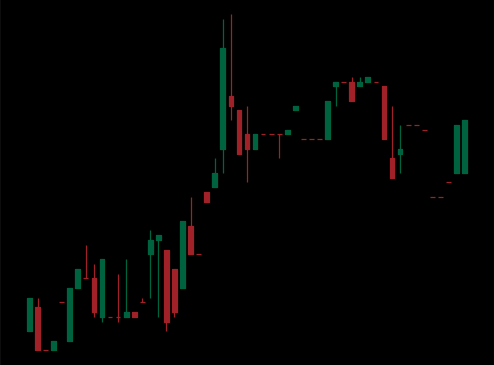
Pattern: bear_flag